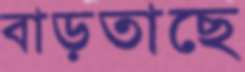
বাড়তাছে